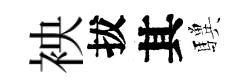
䘧拔其驥